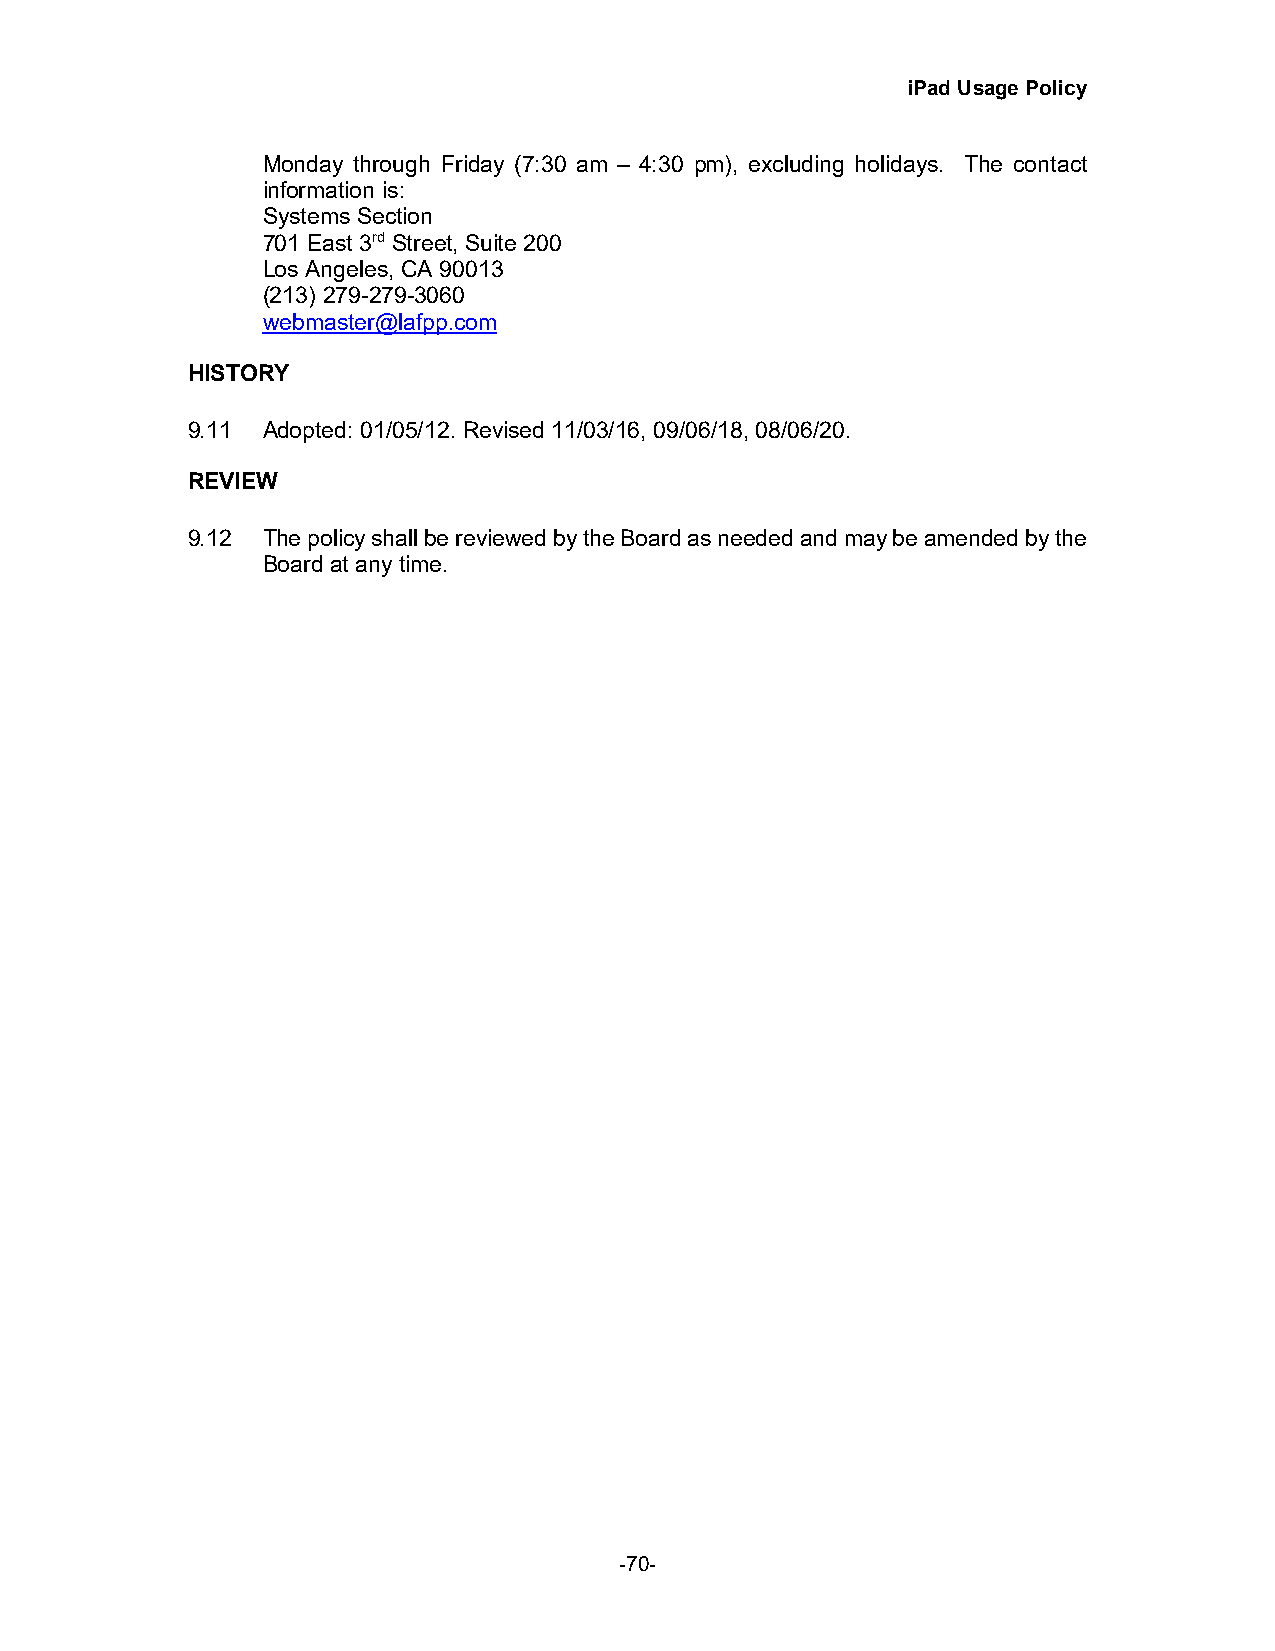
iPad Usage Policy
 Monday through Friday (7:30 am – 4:30 pm), excluding holidays. The contact
 information is:
 Systems Section
 701 East 3rd Street, Suite 200
 Los Angeles, CA 90013
 (213) 279-279-3060
 webmaster@lafpp.com
 HISTORY
 9.11 Adopted: 01/05/12. Revised 11/03/16, 09/06/18, 08/06/20.
 REVIEW
 9.12 The policy shall be reviewed by the Board as needed and may be amended by the
 Board at any time.
 -70-